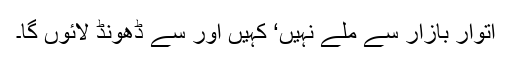
اتوار بازار سے ملے نہیں‘ کہیں اور سے ڈھونڈ لائوں گا۔